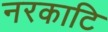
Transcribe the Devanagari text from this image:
नरकाटि